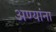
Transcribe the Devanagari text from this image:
अण्यांना